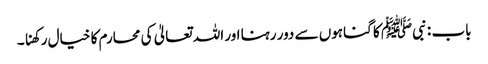
باب : نبیﷺ کا گناہوں سے دور رہنا اور اللہ تعالیٰ کی محارم کا خیال رکھنا۔